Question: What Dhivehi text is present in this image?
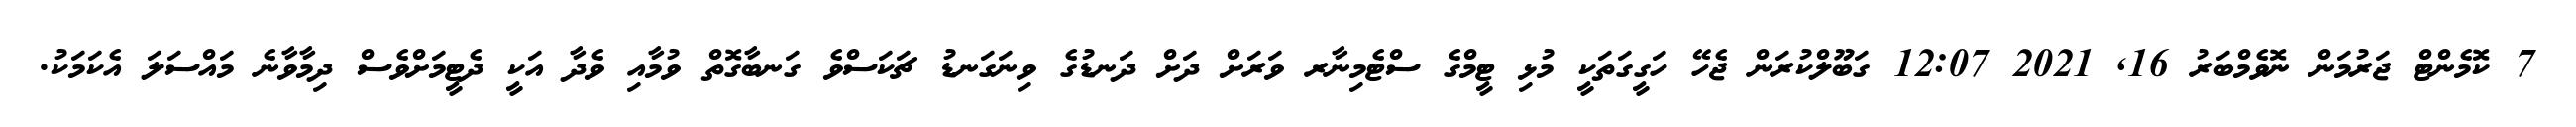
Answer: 7 ކޮމެންޓް ޖަރުމަން ނޮވެމްބަރު 16, 2021 12:07 ގަބޫލްކުރަން ޖެހޭ ހަގީގަތަކީ މުޅި ޓީމްގެ ސްޓެމިނާރ ވަރަށް ދަށް ދަނޑުގެ ވިނަގަނޑު ޗަކަސްވެ ގަނބާގޮތް ވުމާއި ވެދާ އަކީ ދެޓީމަށްވެސް ދިމާވާނެ މައްސަލަ އެކަމަކު.